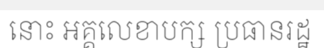
នោះ អគ្គលេខាបក្ស ប្រធានរដ្ឋ